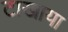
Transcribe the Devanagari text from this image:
टाखाया